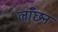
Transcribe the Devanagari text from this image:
लाँछन